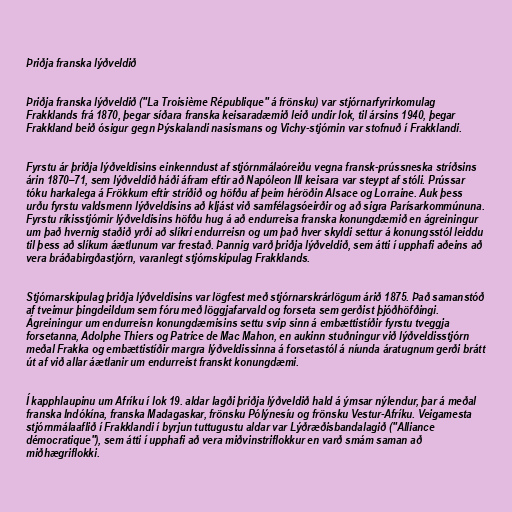
Þriðja franska lýðveldið

Þriðja franska lýðveldið ("La Troisième République" á frönsku) var stjórnarfyrirkomulag
Frakklands frá 1870, þegar síðara franska keisaradæmið leið undir lok, til ársins 1940, þegar
Frakkland beið ósigur gegn Þýskalandi nasismans og Vichy-stjórnin var stofnuð í Frakklandi.

Fyrstu ár þriðja lýðveldisins einkenndust af stjórnmálaóreiðu vegna fransk-prússneska stríðsins
árin 1870–71, sem lýðveldið háði áfram eftir að Napóleon III keisara var steypt af stóli. Prússar
tóku harkalega á Frökkum eftir stríðið og höfðu af þeim héröðin Alsace og Lorraine. Auk þess
urðu fyrstu valdsmenn lýðveldisins að kljást við samfélagsóeirðir og að sigra Parísarkommúnuna.
Fyrstu ríkisstjórnir lýðveldisins höfðu hug á að endurreisa franska konungdæmið en ágreiningur
um það hvernig staðið yrði að slíkri endurreisn og um það hver skyldi settur á konungsstól leiddu
til þess að slíkum áætlunum var frestað. Þannig varð þriðja lýðveldið, sem átti í upphafi aðeins að
vera bráðabirgðastjórn, varanlegt stjórnskipulag Frakklands.

Stjórnarskipulag þriðja lýðveldisins var lögfest með stjórnarskrárlögum árið 1875. Það samanstóð
af tveimur þingdeildum sem fóru með löggjafarvald og forseta sem gerðist þjóðhöfðingi.
Ágreiningur um endurreisn konungdæmisins settu svip sinn á embættistíðir fyrstu tveggja
forsetanna, Adolphe Thiers og Patrice de Mac Mahon, en aukinn stuðningur við lýðveldisstjórn
meðal Frakka og embættistíðir margra lýðveldissinna á forsetastól á níunda áratugnum gerði brátt
út af við allar áætlanir um endurreist franskt konungdæmi.

Í kapphlaupinu um Afríku í lok 19. aldar lagði þriðja lýðveldið hald á ýmsar nýlendur, þar á meðal
franska Indókína, franska Madagaskar, frönsku Pólýnesíu og frönsku Vestur-Afríku. Veigamesta
stjórnmálaaflið í Frakklandi í byrjun tuttugustu aldar var Lýðræðisbandalagið ("Alliance
démocratique"), sem átti í upphafi að vera miðvinstriflokkur en varð smám saman að
miðhægriflokki.